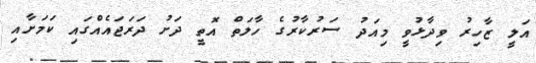
އަލީ ޒާހިރު ވިދާޅުވީ މިއަދު ސަރުކާރުގެ ހާލަތް އޮތީ ދަށު ދަރަޖައެއްގައި ކަމަށާއި